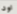
اود